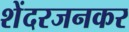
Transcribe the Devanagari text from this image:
शेंदरजनकर